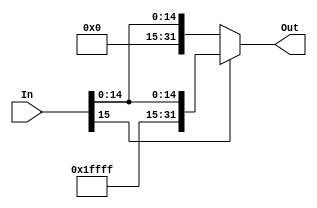
`timescale 1ns / 1ps
//////////////////////////////////////////////////////////////////////////////////
// Company: 
// Engineer: 
// 
// Design Name: 
// Module Name:    signExtend 
// Project Name: 
// Target Devices: 
// Tool versions: 
// Description: 
//
// Dependencies: 
//
// Revision: 
// Revision 0.01 - File Created
// Additional Comments: 
//
//////////////////////////////////////////////////////////////////////////////////
module signExtend(In,Out
    );
	input [15:0] In;
	output [31:0] Out;
	assign Out = In[15]?{16'b1111111111111111,In}:{16'b0,In};

endmodule